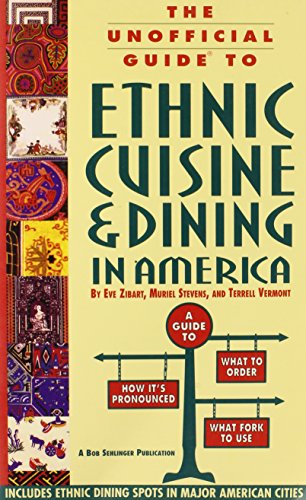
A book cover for The Unofficial Guide to Ethnic Cuisine and Dining in America; Eve Zibart; Travel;